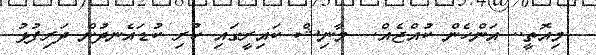
މިއޮތީ.. އަންހެން ކުއްޖެއް.  މާނިޝް ކައިރީގައި ހުރި ކުޑައެނދުން ދަރިފުޅު